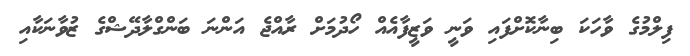
ފިލްމުގެ ވާހަކަ ބިނާކޮށްފައި ވަނީ ވަޒީފާއެއް ހޯދުމަށް ރާއްޖެ އަންނަ ބަންގްލާދޭޝްގެ ޒުވާނަކާއި